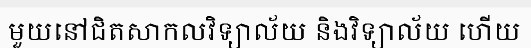
មួយនៅជិតសាកលវិទ្យាល័យ និងវិទ្យាល័យ ហើយ